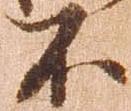
不